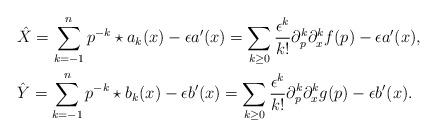
LaTeX: \begin{align*}&\hat{X} = \sum_{k=-1}^n p^{-k} \star a_k(x) - \epsilon a'(x) = \sum_{k \geq 0} \frac{\epsilon^k}{k!}\partial_p^k\partial_x^k f(p) - \epsilon a'(x), \\&\hat{Y} = \sum_{k=-1}^n p^{-k} \star b_k(x) - \epsilon b'(x) = \sum_{k \geq 0} \frac{\epsilon^k}{k!}\partial_p^k\partial_x^k g(p) - \epsilon b'(x).\end{align*}